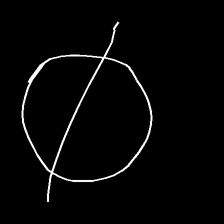
Glyph: orb